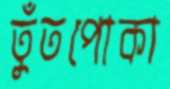
তুঁতপোকা